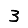
Digit: 3